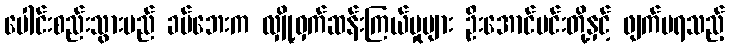
ပေါင်းစည်းသွားမည် ခမ်ဘေးက လျှို့ဝှက်ဆန်းကြယ်မှုများ ဦးအောင်မင်းတို့နှင့် ဖျက်မရသည့်